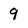
Character: 9